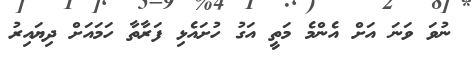
ނުވަ ވަނަ އަށް އެންމެ މަތީ އަގު ހުށައެޅި ފަރާތާ ހަމައަށް ދިޔައިރު